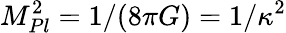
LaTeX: M_{Pl}^{2}=1/(8\pi G)=1/\kappa^{2}